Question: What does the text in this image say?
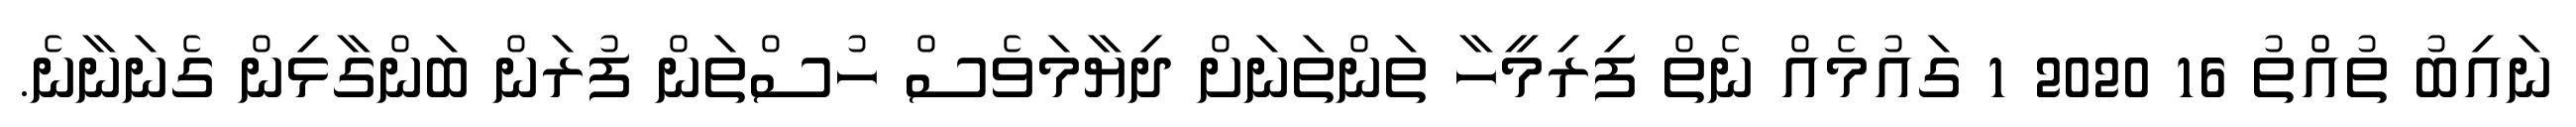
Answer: ނައިބު ތުއްުތު 16 2020 1 ގައުމެއް ނެތް ފިރިމީހާ ތަންތަނަށް ދިޔާމަވެސް ހުސްތަން ފުރަން ބަންގާޅިން ގެނަނާނެ.